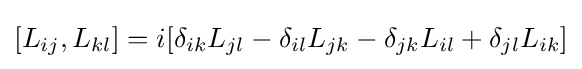
[L_{ij},L_{kl}]=i[\delta _{ik}L_{jl}-\delta _{il}L_{jk}-\delta _{jk}L_{il}+\delta _{jl}L_{ik}]